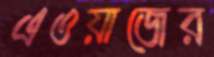
এওয়াজের